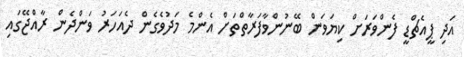
އަދި ޕީއެޗްޑީ ފެންވަރަށް ކިޔަވަން ބޭނުންވާފަރާތްތަށް އެންމެ މަދުވެގެން ދެއަހަރު ވަންދެން ރާއްޖޭގައި